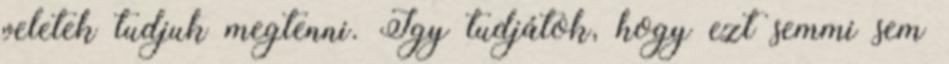
veletek tudjuk megtenni. Így tudjátok, hogy ezt semmi sem